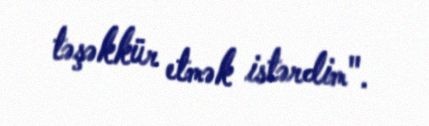
təşəkkür etmək istərdim".